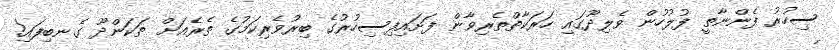
ސިހުރު ފެންނާތީ ފުލުހުން ވެލިދޫގައި ހަރަކާތްތެރިވާން ފަށައިފިސިހުރުގެ ބިރުވެރިކަމުގެ ތެރެއަށް ތަކަންދޫ ގެނބިފައި!